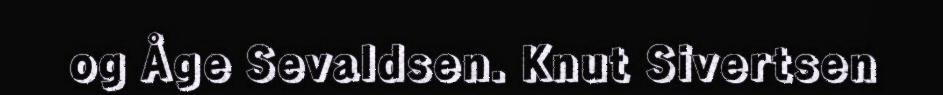
og Åge Sevaldsen. Knut Sivertsen